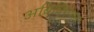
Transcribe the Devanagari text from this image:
अब्रिविएशन